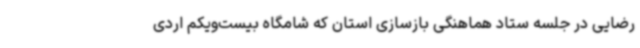
رضایی در جلسه ستاد هماهنگی بازسازی استان که شامگاه بیست‌ویکم اردی